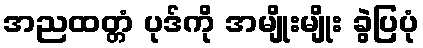
အညထတ္တံ ပုဒ်ကို အမျိုးမျိုး ခွဲပြပုံ